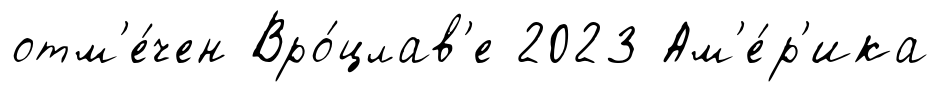
отм'е́чен Вро́цлав'е 2023 Ам'е́р'ика